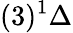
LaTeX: (3)^{1}\Delta